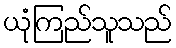
ယုံကြည်သူသည်